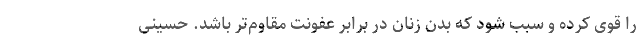
را قوی کرده و سبب شود که بدن زنان در برابر عفونت مقاوم‌تر باشد. حسینی